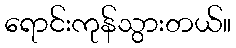
ရောင်းကုန်သွားတယ်။